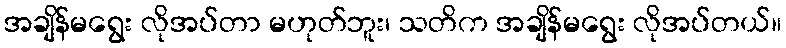
အချိန်မရွေး လိုအပ်တာ မဟုတ်ဘူး၊ သတိက အချိန်မရွေး လိုအပ်တယ်။